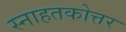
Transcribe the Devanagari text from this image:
स्नाहतकोत्तर